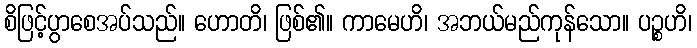
စိဖြင့်ပွာစေအပ်သည်။ ဟောတိ၊ ဖြစ်၏။ ကာမေဟိ၊ အဘယ်မည်ကုန်သော။ ပဉ္စဟိ၊